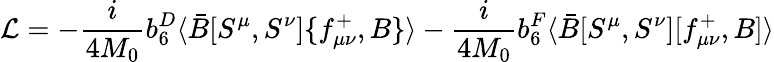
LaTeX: {\cal L}=-\frac{i}{4M_{0}}b_{6}^{D}\langle\bar{B}[S^{\mu},S^{\nu}]\{ f_{\mu\nu}^{+},B\} \rangle-\frac{i}{4M_{0}}b_{6}^{F}\langle\bar{B}[S^{\mu},S^{\nu}][f_{\mu\nu}^{+},B]\rangle